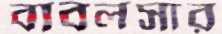
বাবলসার